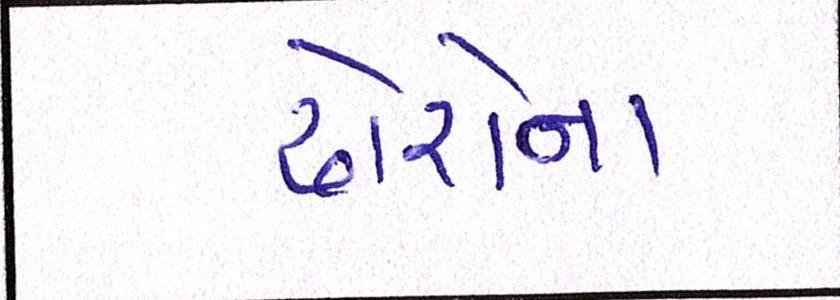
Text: ઢોરોના